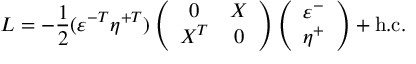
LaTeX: { \cal { L } } = - \frac { 1 } { 2 } ( \varepsilon ^ { - T } \eta ^ { + T } ) \left( \begin{array} { c c } { { 0 } } & { { X } } \\ { { X ^ { T } } } & { { 0 } } \end{array} \right) \left( \begin{array} { l } { { \varepsilon ^ { - } } } \\ { { \eta ^ { + } } } \end{array} \right) + \mathrm { h . c . }